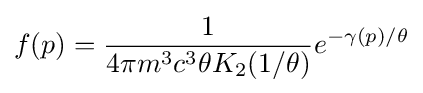
f(p)={\frac {1}{4\pi m^{3}c^{3}\theta K_{2}(1/\theta )}}e^{-\gamma (p)/\theta }